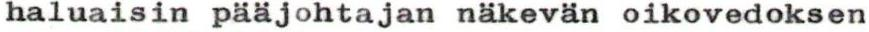
haluaisin pääjohtajan näkevän oikovedoksen